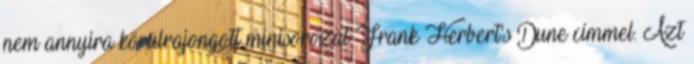
nem annyira körülrajongott minisorozat Frank Herbert's Dune címmel. Azt